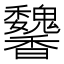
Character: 䭳